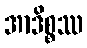
အာဒိစ္စဿ